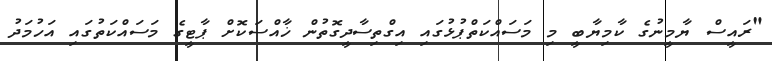
"ރައީސް ޔާމީނުގެ ކާމިޔާބީ މި މަސައްކަތްޕުޅުގައި އިގްތިސާދީގޮތުން ޚާއްސަކޮށް ޕާޓީގެ މަސައްކަތުގައި އަހުމަދު